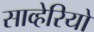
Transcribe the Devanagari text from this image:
साव्हेरियो